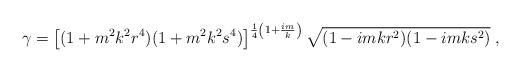
LaTeX: \begin{align*}\gamma=\left[(1+m^2k^2r^4)(1+m^2k^2s^4)\right]^{\frac{1}{4}\left(1+\frac{im}{k}\right)}\sqrt{(1-imkr^2)(1-imks^2)}\;,\end{align*}